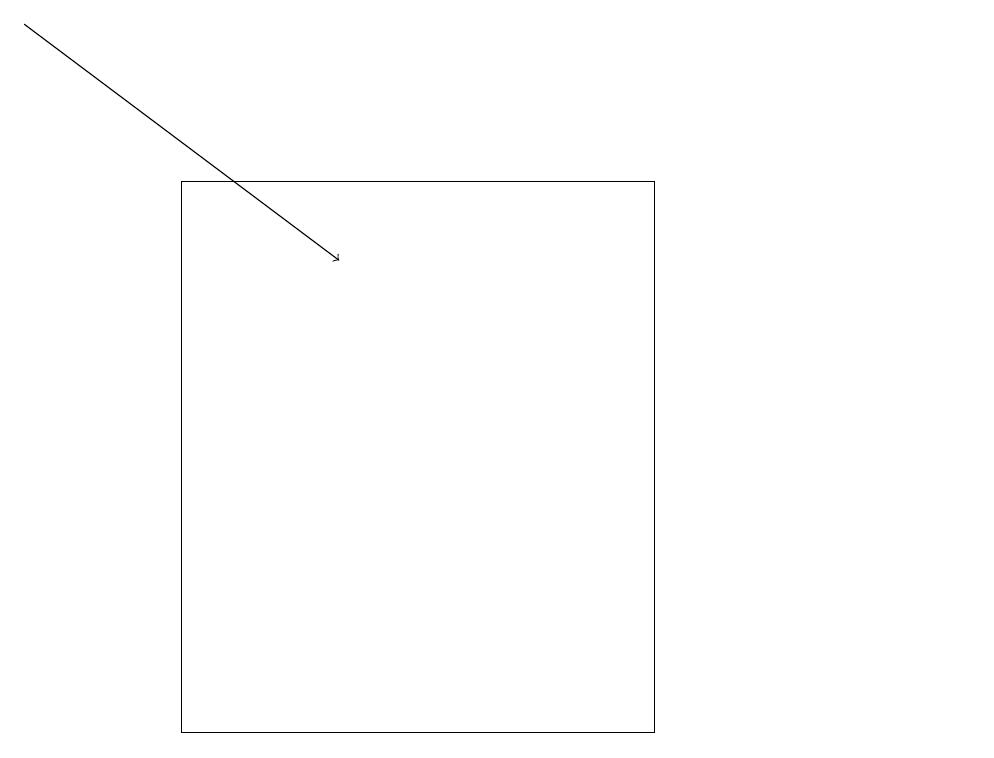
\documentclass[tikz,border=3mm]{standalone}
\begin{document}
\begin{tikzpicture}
\draw (12,10) circle (0);
\draw (2,17) rectangle (8,10);
\draw[->] (0,19) -- (4,16);
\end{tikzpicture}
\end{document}